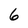
Character: 6